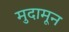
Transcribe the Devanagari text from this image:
मुदामून